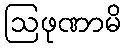
ဩဖုဏာမိ